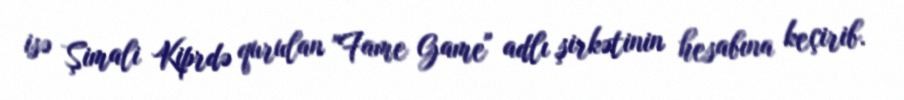
isə Şimali Kiprdə qurulan "Fame Game" adlı şirkətinin hesabına keçirib.